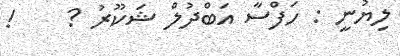
ލިޔުނީ : ހަފްސާ އަބްދުލް ޝަކޫރު ?    !